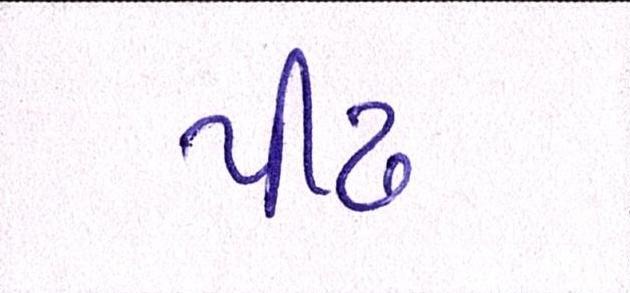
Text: પીઢ